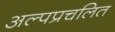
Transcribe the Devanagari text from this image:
अल्पप्रचलित